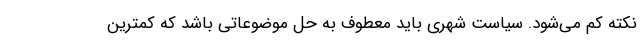
نکته کم می‌شود. سیاست شهری باید معطوف به حل موضوعاتی باشد که کمترین